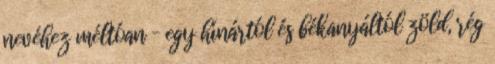
nevéhez méltóan – egy hínártól és békanyáltól zöld, rég